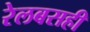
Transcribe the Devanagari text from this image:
रेलबसही